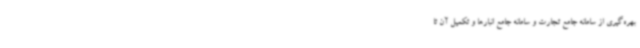
بهره‌گیری از سامانه جامع تجارت و سامانه‌ جامع انبارها و تکمیل آن تا